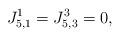
LaTeX: \begin{align*}J_{5,1}^1=J_{5,3}^3=0,\end{align*}